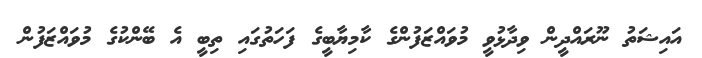
އައިޝަތު ނޫރައްދީން ވިދާޅުވީ މުވައްޒަފުންގެ ކާމިޔާބީގެ ފަހަތުގައި ތިބީ އެ ބޭންކުގެ މުވައްޒަފުން